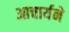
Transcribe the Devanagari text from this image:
आचार्यने